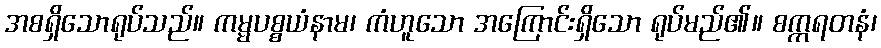
အစရှိသောရုပ်သည်။ ကမ္မပစ္စယံနာမ၊ ကံဟူသော အကြောင်းရှိသော ရုပ်မည်၏။ စက္ကရတနံ၊